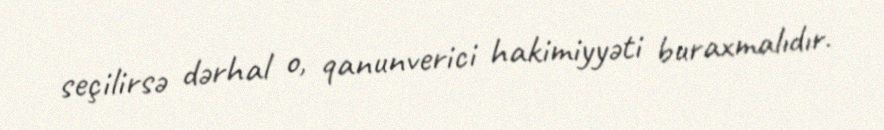
seçilirsə dərhal o, qanunverici hakimiyyəti buraxmalıdır.